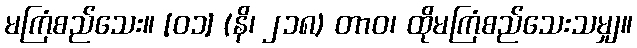
မကြံစည်သေး။ [၀၁] (နိ၊ ၂၁၈) တာဝ၊ ထိုမကြံစည်သေးသမျှ။